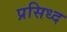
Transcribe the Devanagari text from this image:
प्रसिध्‍द